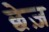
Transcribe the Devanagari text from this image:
छेज़